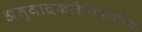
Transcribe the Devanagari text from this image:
अनुवादकलेविषयीच्या